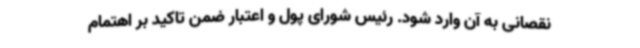
نقصانی به آن وارد شود. رئیس شورای پول و اعتبار ضمن تاکید بر اهتمام